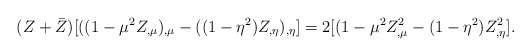
\begin{align*}(Z+\bar{Z})[((1-\mu ^{2}Z_{, \mu})_{, \mu}-((1-\eta^{2})Z_{,\eta})_{,\eta}]=2[(1-\mu ^{2}Z_{, \mu}^{2}-(1-\eta^{2})Z_{,\eta}^{2}].\end{align*}